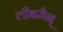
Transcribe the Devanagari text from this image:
लीबमैन्